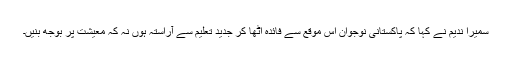
سمیرا ندیم نے کہا کہ پاکستانی نوجوان اس موقع سے فائدہ اٹھا کر جدید تعلیم سے آراستہ ہوں نہ کہ معیشت پر بوجھ بنیں۔